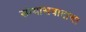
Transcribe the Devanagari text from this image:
संन्यासवादाचा